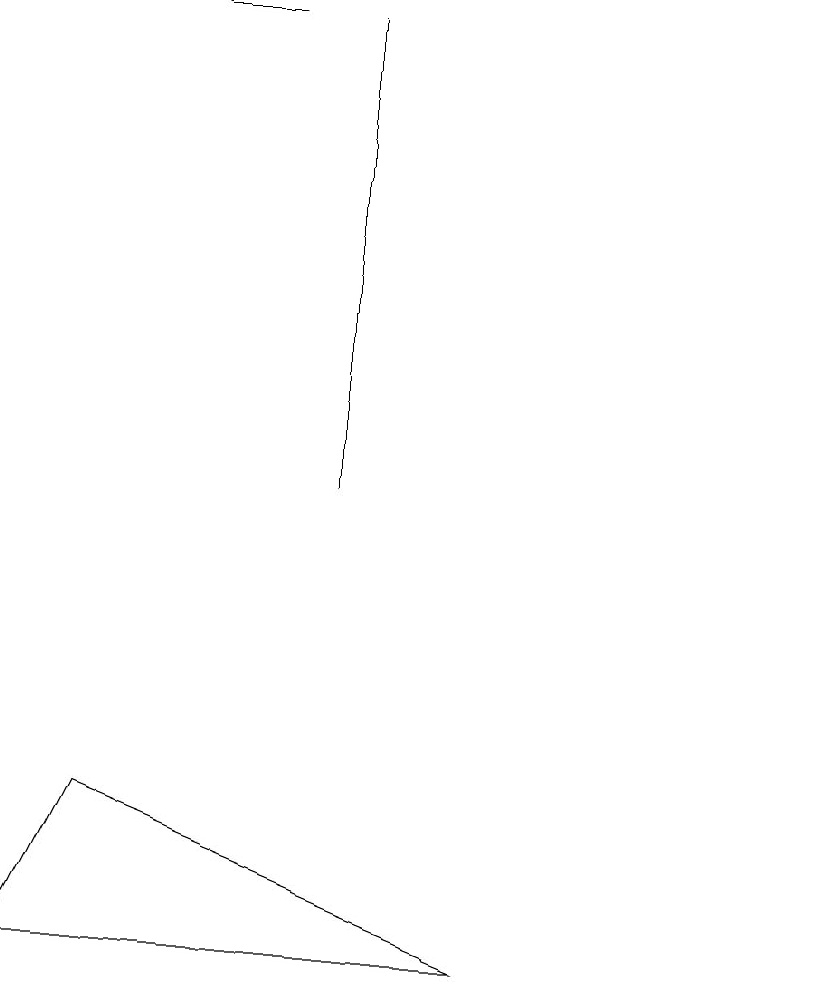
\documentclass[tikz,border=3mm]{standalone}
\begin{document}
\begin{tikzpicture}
\draw (2,9) -- (1,7) -- (7,7) -- cycle;
\draw (11,10) circle (0);
\draw (5,13) rectangle (5,19);
\draw (4,19) rectangle (3,19);
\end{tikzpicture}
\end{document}